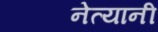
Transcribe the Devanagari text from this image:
नेत्यानी